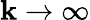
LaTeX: \mathbf{k}\rightarrow\infty